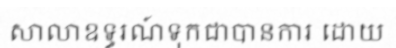
សាលាឧទ្ធរណ៍ទុកជាបានការ ដោយ